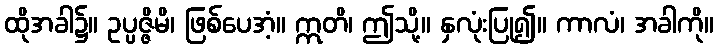
ထိုအခါ၌။ ဥပ္ပဇ္ဇိမိ၊ ဖြစ်ပေအံ့။ ဣတိ၊ ဤသို့။ နှလုံးပြု၍။ ကာလံ၊ အခါကို။